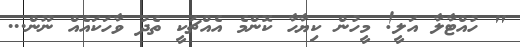
" ހުއްޓާލާ އަލީ! މީހުން ކިޔާހާ ކޮންމެ އެއްޗަކީ ތެދު ވާހަކައެއް ނޫން...